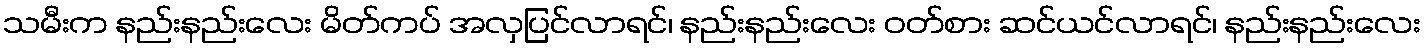
သမီးက နည်းနည်းလေး မိတ်ကပ် အလှပြင်လာရင်၊ နည်းနည်းလေး ဝတ်စား ဆင်ယင်လာရင်၊ နည်းနည်းလေး